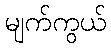
မျက်ကွယ်